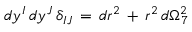
\, d y ^ { I } \, d y ^ { J } \, \delta _ { I J } \, = \, d r ^ { 2 } \, + \, r ^ { 2 } \, d \Omega _ { 7 } ^ { 2 }